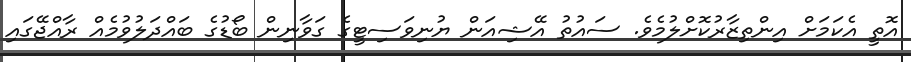
އޮތީ އެކަމަށް އިންތިޒާރުކޮށްލުމެވެ. ސައުތު އޭޝިއަން ޔުނިވަސިޓީގެ ގަވާނިން ބޯޑުގެ ބައްދަލުވުމެއް ރާއްޖޭގައި